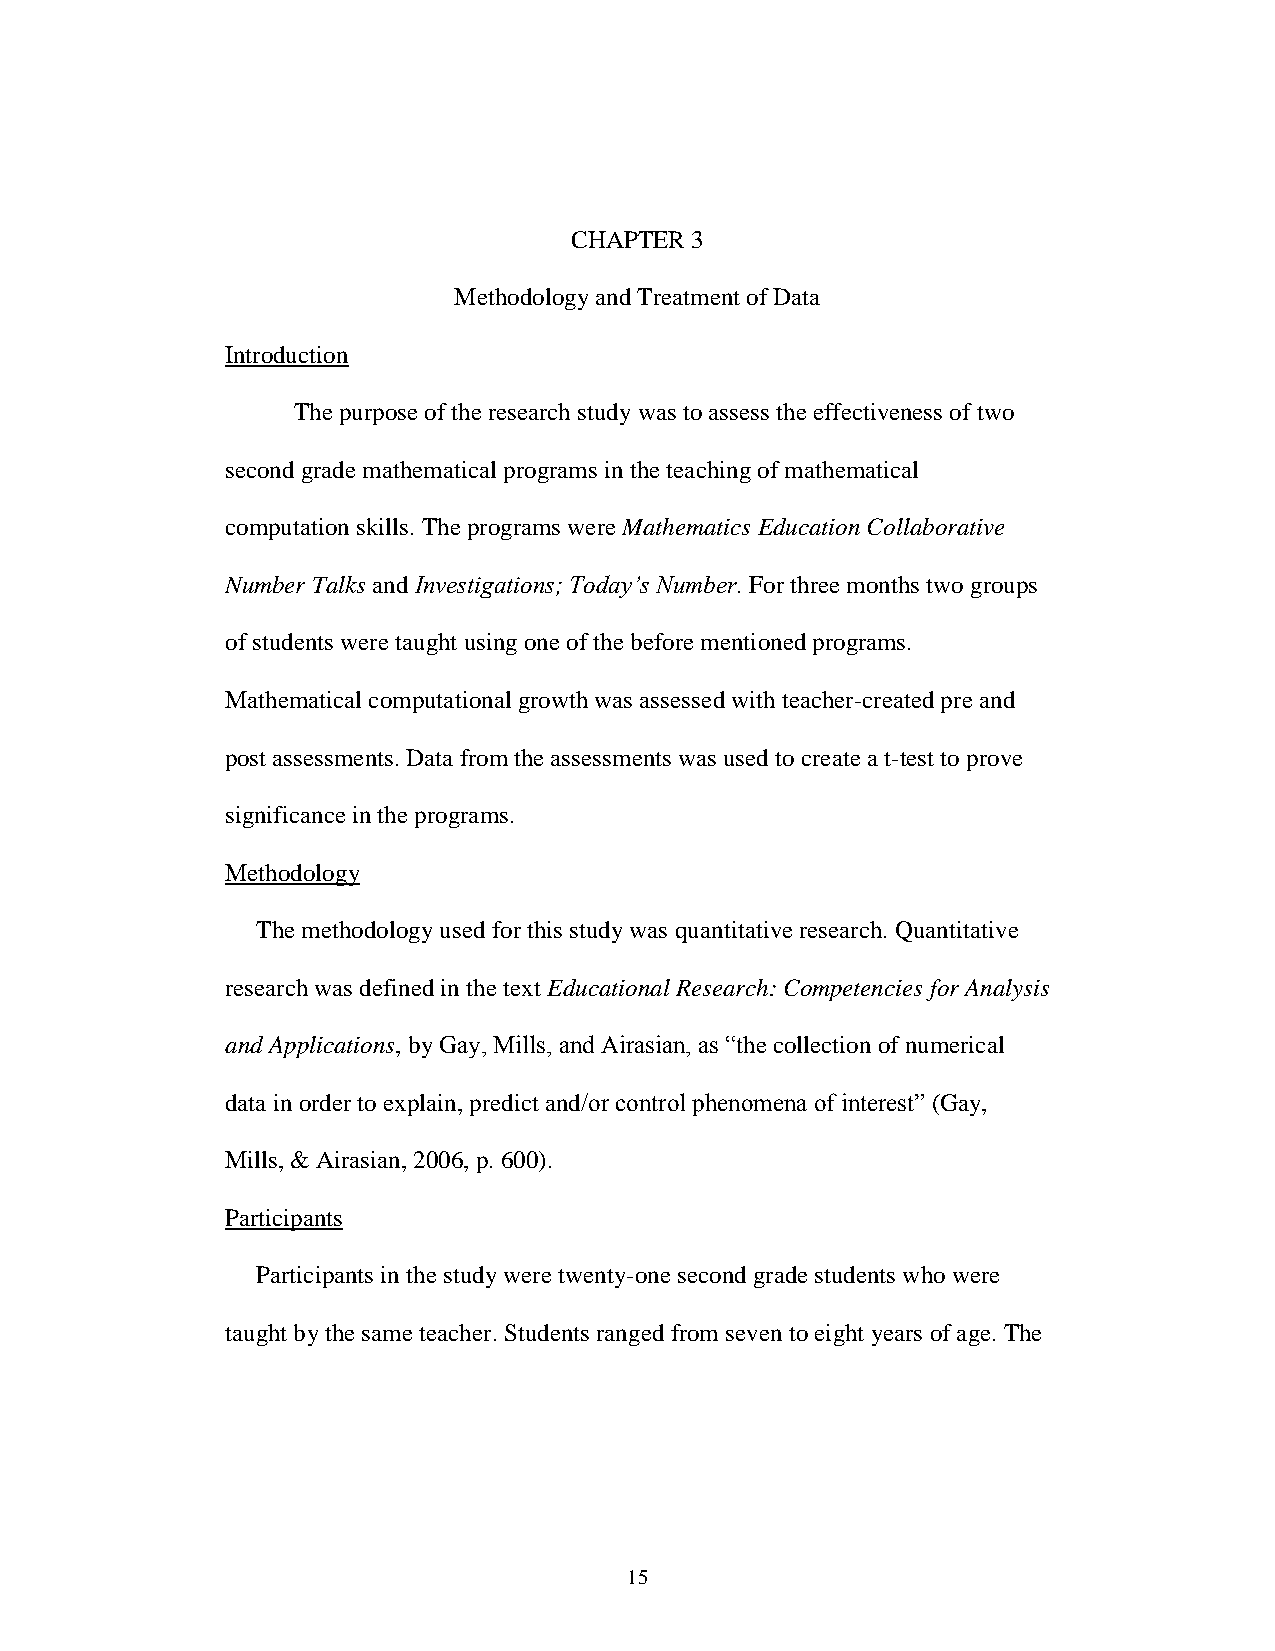
CHAPTER 3
 Methodology and Treatment of Data
 Introduction
 The purpose of the research study was to assess the effectiveness of two
 second grade mathematical programs in the teaching of mathematical
 computation skills. The programs were Mathematics Education Collaborative
 Number Talks and Investigations; Today’s Number. For three months two groups
 of students were taught using one of the before mentioned programs.
 Mathematical computational growth was assessed with teacher-created pre and
 post assessments. Data from the assessments was used to create a t-test to prove
 significance in the programs.
 Methodology
 The methodology used for this study was quantitative research. Quantitative
 research was defined in the text Educational Research: Competencies for Analysis
 and Applications, by Gay, Mills, and Airasian, as “the collection of numerical
 data in order to explain, predict and/or control phenomena of interest” (Gay,
 Mills, & Airasian, 2006, p. 600).
 Participants
 Participants in the study were twenty-one second grade students who were
 taught by the same teacher. Students ranged from seven to eight years of age. The
 15